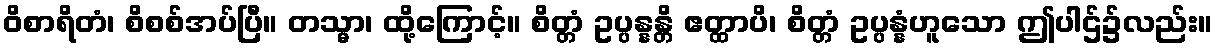
ဝိစာရိတံ၊ စိစစ်အပ်ပြီ။ တသ္မာ၊ ထို့ကြောင့်။ စိတ္တံ ဥပ္ပန္နန္တိ ဧတ္ထာပိ၊ စိတ္တံ ဥပ္ပန္နံဟူသော ဤပါဌ်၌လည်း။